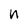
Character: n